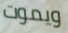
ويموت